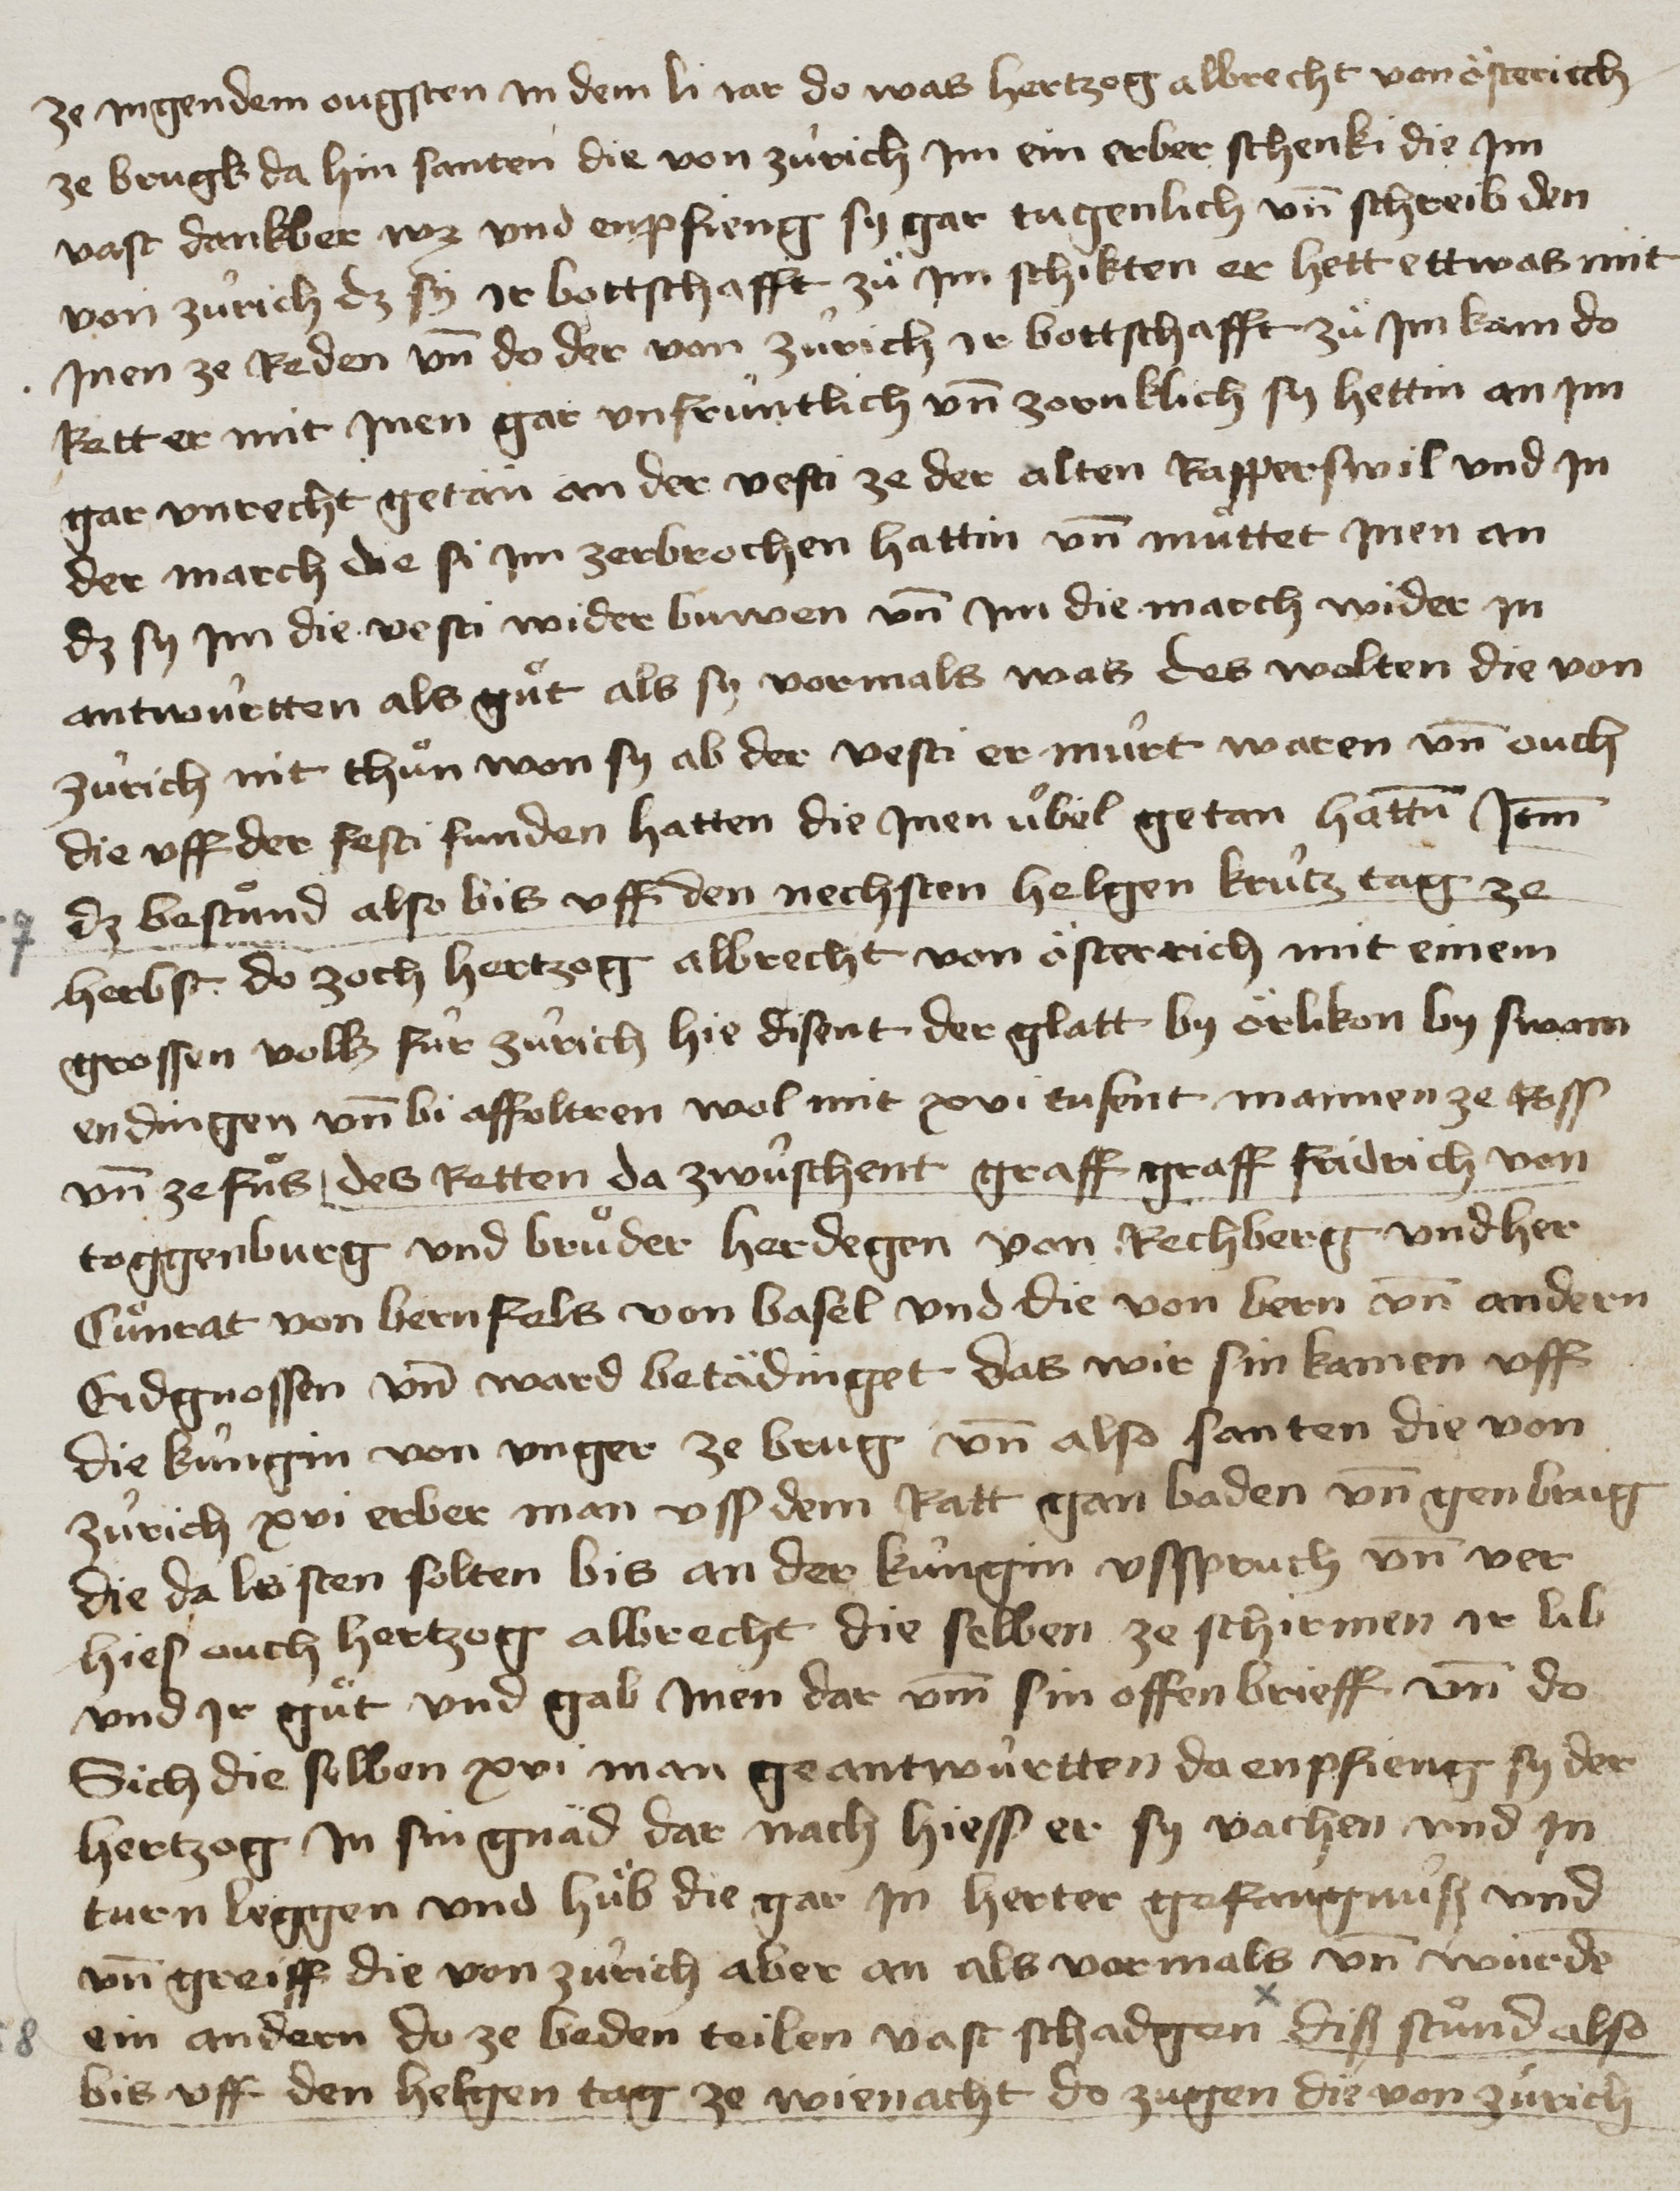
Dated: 1400–1499